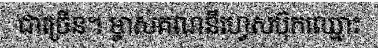
ជាច្រើន។ ម្ចាស់គណនីហ្វេសប៊ុកឈ្មោះ